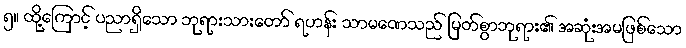
၅။ ထို့ကြောင့် ပညာရှိသော ဘုရားသားတော် ရဟန်း သာမဏေသည် မြတ်စွာဘုရား၏ အဆုံးအမဖြစ်သော